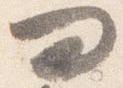
問